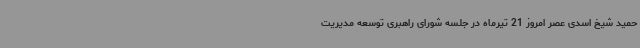
حمید شیخ اسدی عصر امروز 21 تیرماه در جلسه شورای راهبری توسعه مدیریت